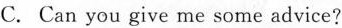
C.Can you give me some advice?